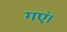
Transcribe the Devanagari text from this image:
गएं।